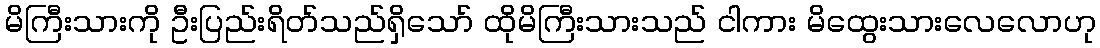
မိကြီးသားကို ဦးပြည်းရိတ်သည်ရှိသော် ထိုမိကြီးသားသည် ငါကား မိထွေးသားလေလောဟု